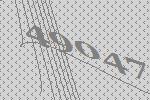
49047